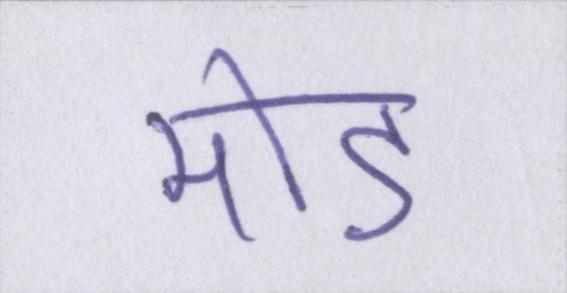
मोड़